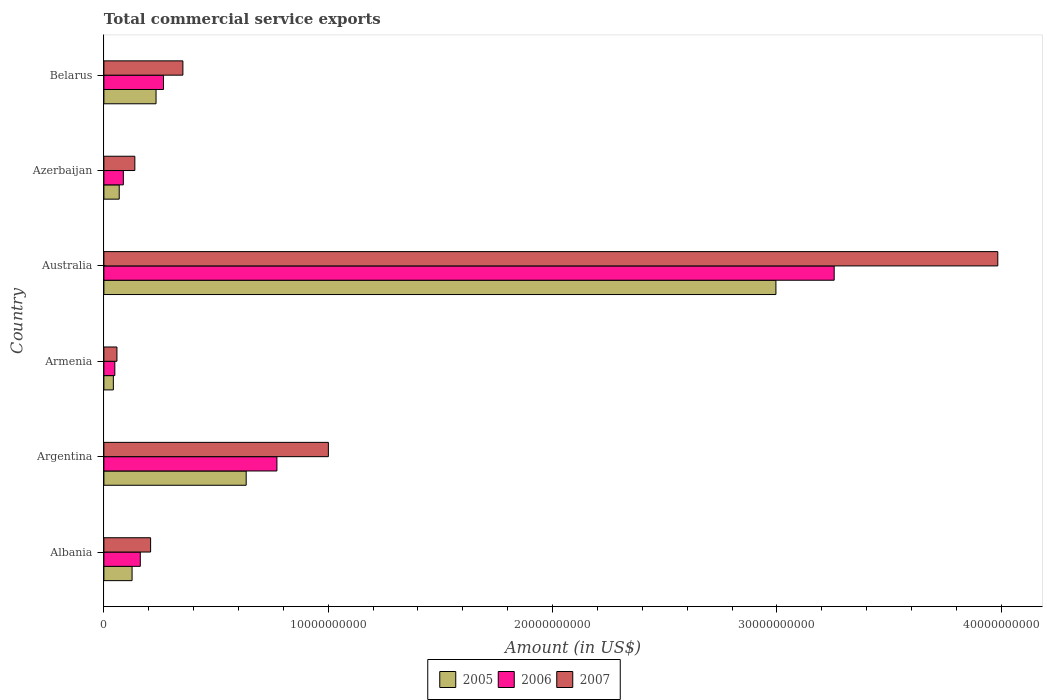
| Country | 2005 | 2006 | 2007 |
 | --- | --- | --- | --- |
 | Albania | 1.26e+09 | 1.62e+09 | 2.08e+09 |
 | Argentina | 6.34e+09 | 7.71e+09 | 1e+10 |
 | Armenia | 4.22e+08 | 4.87e+08 | 5.82e+08 |
 | Australia | 3e+10 | 3.26e+10 | 3.98e+10 |
 | Azerbaijan | 6.83e+08 | 8.67e+08 | 1.38e+09 |
 | Belarus | 2.32e+09 | 2.66e+09 | 3.52e+09 |